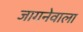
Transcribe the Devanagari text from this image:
जागनेवाला